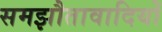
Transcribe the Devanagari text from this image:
समझौतावादियों